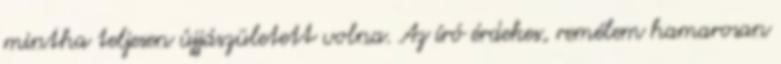
mintha teljesen újjászületett volna. Az író érdekes, remélem hamarosan